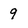
Character: 9